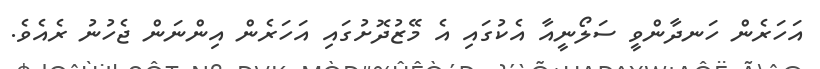
އަހަރެން ހަނދާންވީ ސަލޯނީއާ އެކުގައި އެ މޭޒުދޮށުގައި އަހަރެން އިންނަން ޖެހުނު ރެއެވެ.